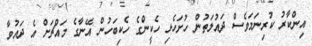
އިންކާރު ކުރިނަމަވެސް ދައުލަތުން ހުށަހެޅި ހެކީންގެ ހެކިބަހުން އޭނާގެ މައްޗަށް އެ ދައުވާ